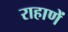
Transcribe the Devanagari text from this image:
राहाणें